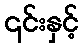
၎င်းနှင့်